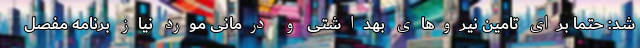
شد: حتما برای تامین نیروهای بهداشتی و درمانی مورد نیاز برنامه مفصل